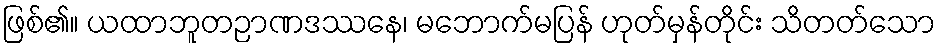
ဖြစ်၏။ ယထာဘူတဉာဏဒဿနေ၊ မဘောက်မပြန် ဟုတ်မှန်တိုင်း သိတတ်သော